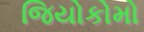
જિયોકોમો